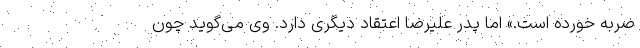
ضربه خورده است.» اما پدر علیرضا اعتقاد دیگری دارد. وی می‌گوید چون